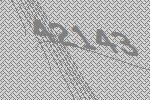
42143